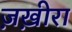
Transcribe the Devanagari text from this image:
ज़ख़ीरा